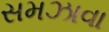
સમઝાવા